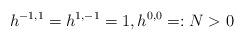
LaTeX: \begin{align*}h^{-1,1}=h^{1,-1}=1, h^{0,0}=:N>0\end{align*}